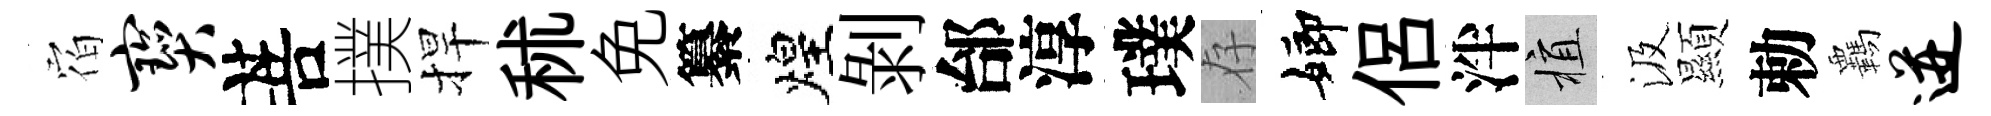
𪧐宝菩撲捍秫免纂煌剝邰淳璞存嫏侶泮植汲顯勅覊迸